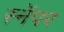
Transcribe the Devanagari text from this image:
स्नॅपर